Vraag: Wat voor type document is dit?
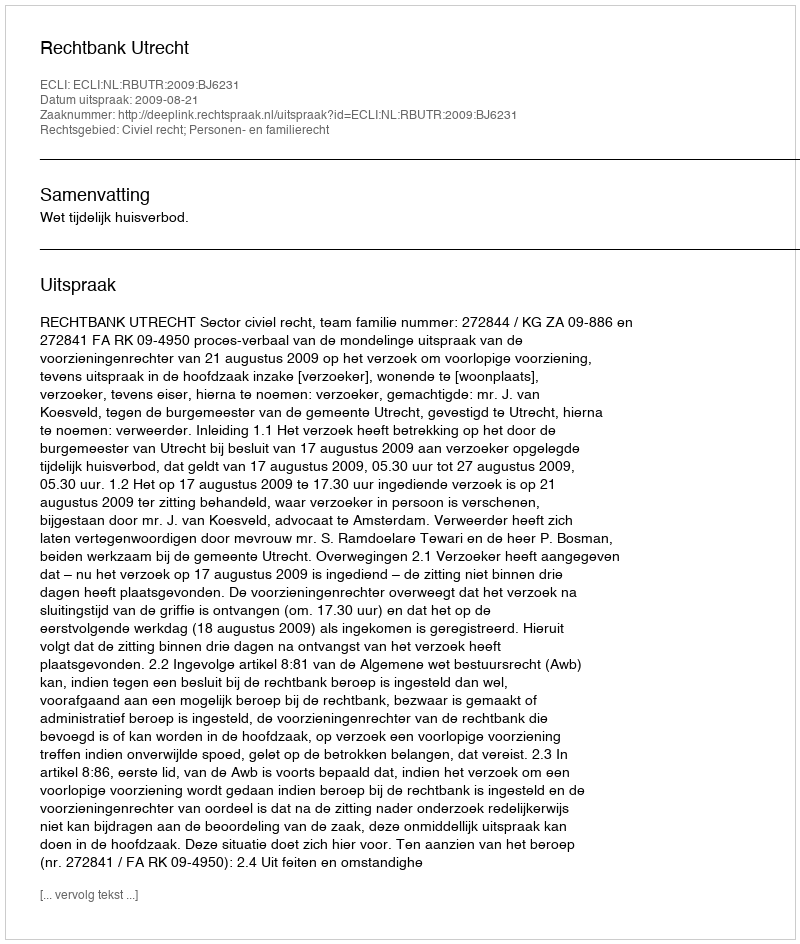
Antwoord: Uitspraak